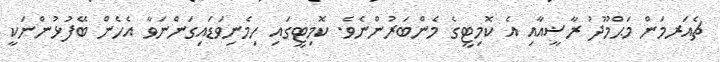
ޗެއަރމަން މަޙްމޫދު ރާޟީއާއި އެ ކޮމިޓީގެ މެންބަރުންނެވެ. ކޮމިޓީގައި ހިމެނިވަޑައިގަންނަވާ އެހެން ބޭފުޅުންނަކީ